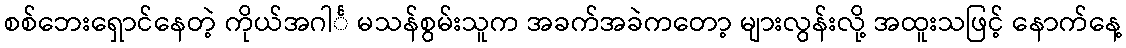
စစ်ဘေးရှောင်နေတဲ့ ကိုယ်အဂါင်္ မသန်စွမ်းသူက အခက်အခဲကတော့ များလွန်းလို့ အထူးသဖြင့် နောက်နေ့